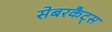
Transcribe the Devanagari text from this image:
सेबरकैट्स